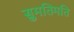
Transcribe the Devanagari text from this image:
सुमतिमति